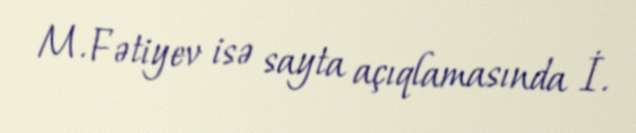
M. Fətiyev isə sayta açıqlamasında İ.